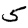
Digit: 5